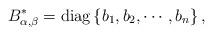
LaTeX: \begin{align*}B_{\alpha, \beta}^{*}=\operatorname{diag}\left\{b_{1}, b_{2}, \cdots, b_{n}\right\},\end{align*}